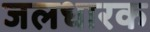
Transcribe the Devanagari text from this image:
जलधारक